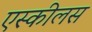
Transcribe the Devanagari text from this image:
एस्कीलस